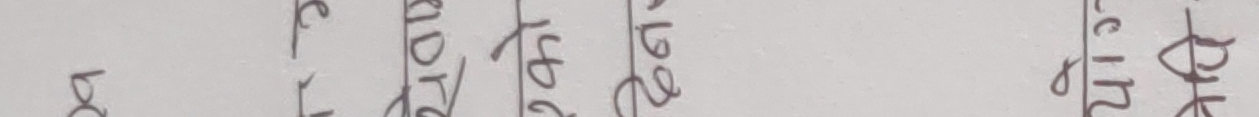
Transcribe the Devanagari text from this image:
प्र | अद्र | १५६ | १९२२ | शिरु | बुक